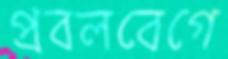
প্রবলবেগে